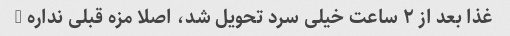
غذا بعد از ۲ ساعت خیلی سرد تحویل شد، اصلا مزه قبلی نداره …